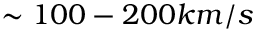
\sim 1 0 0 - 2 0 0 k m / s